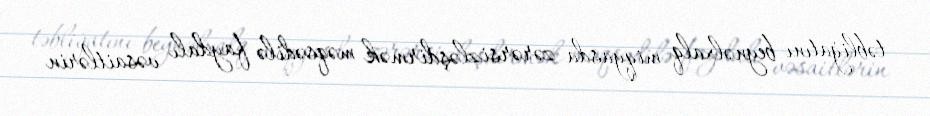
təbliğatını beynəlxalq miqyasda zərərsizləşdirmək məqsədilə faydalı vəsaitlərin